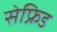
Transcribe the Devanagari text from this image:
सेफ्रिड